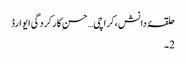
حلقۂ دانش،کراچی…حسنِ کارکردگی ایوارڈ
2۔